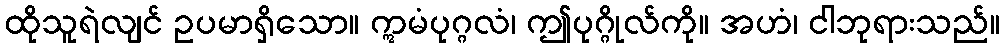
ထိုသူရဲလျင် ဥပမာရှိသော။ ဣမံပုဂ္ဂလံ၊ ဤပုဂ္ဂိုလ်ကို။ အဟံ၊ ငါဘုရားသည်။